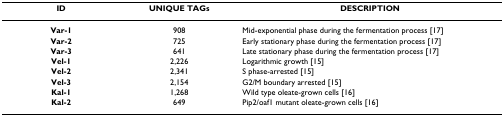
<table><thead><tr><td><b>ID</b></td><td><b>UNIQUE TAGs</b></td><td><b>DESCRIPTION</b></td></tr></thead><tbody><tr><td><b>Var-1</b></td><td>908</td><td>Mid-exponential phase during the fermentation process [17]</td></tr><tr><td><b>Var-2</b></td><td>725</td><td>Early stationary phase during the fermentation process [17]</td></tr><tr><td><b>Var-3</b></td><td>641</td><td>Late stationary phase during the fermentation process [17]</td></tr><tr><td><b>Vel-1</b></td><td>2,226</td><td>Logarithmic growth [15]</td></tr><tr><td><b>Vel-2</b></td><td>2,341</td><td>S phase-arrested [15]</td></tr><tr><td><b>Vel-3</b></td><td>2,154</td><td>G2/M boundary arrested [15]</td></tr><tr><td><b>Kal-1</b></td><td>1,268</td><td>Wild type oleate-grown cells [16]</td></tr><tr><td><b>Kal-2</b></td><td>649</td><td>Pip2/oaf1 mutant oleate-grown cells [16]</td></tr></tbody></table>